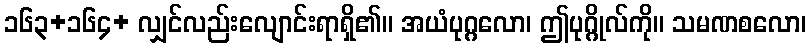
၁၆၃+၁၆၄+ လျှင်လည်းလျောင်းရာရှိ၏။ အယံပုဂ္ဂလော၊ ဤပုဂ္ဂိုလ်ကို။ သမဏစလော၊